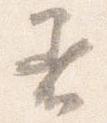
着